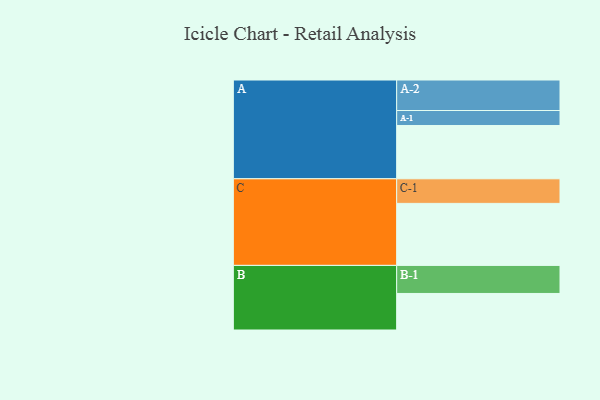
{"axis": {"x": "Segment", "y": "Value"}, "legend": ["", "A", "B", "C"], "data": [{"x": "A", "y": 477, "type": ""}, {"x": "B", "y": 327, "type": ""}, {"x": "C", "y": 555, "type": ""}, {"x": "A-1", "y": 134, "type": "A"}, {"x": "A-2", "y": 273, "type": "A"}, {"x": "B-1", "y": 251, "type": "B"}, {"x": "C-1", "y": 220, "type": "C"}]}